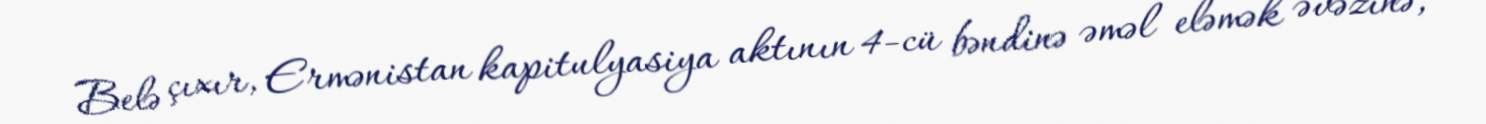
Belə çıxır, Ermənistan kapitulyasiya aktının 4-cü bəndinə əməl eləmək əvəzinə,